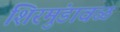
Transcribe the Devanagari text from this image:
शिरमुंडावळ